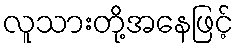
လူသားတို့အနေဖြင့်